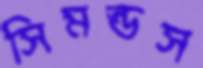
সিমন্ডস